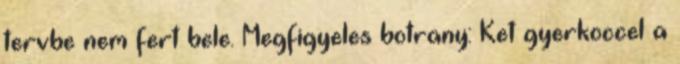
tervbe nem fert bele. Megfigyeles botrany: Ket gyerkoccel a